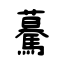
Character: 驀